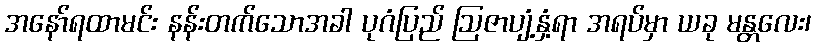
အနော်ရထာမင်း နန်းတက်သောအခါ ပုဂံပြည် ဩဇာပျံ့နှံ့ရာ အရပ်မှာ ယခု မန္တလေး၊